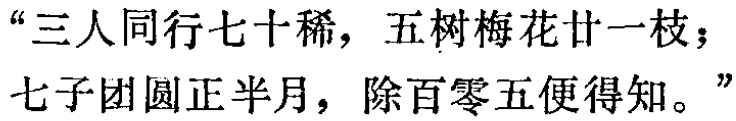
“三人同行七十稀，五树梅花廿一枝；七子团圆正半月，除百零五便得知。”